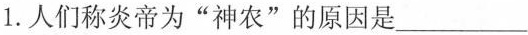
1.人们称炎帝为”神农”的原因是___